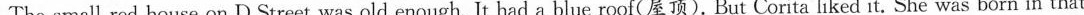
The small red house on D Street was old enough. It had a blue roof(屋顶). But Corita liked it. She was born in that